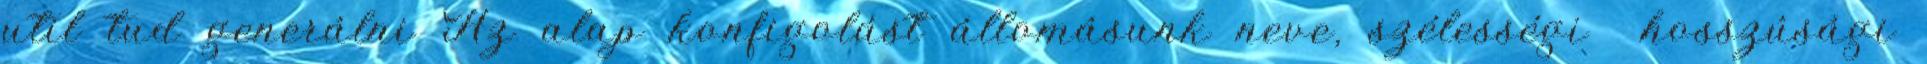
util tud generálni Az alap konfigolást állomásunk neve, szélességi hosszúsági